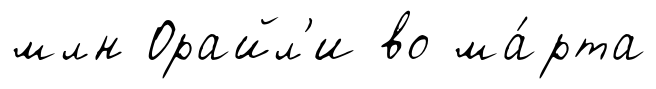
млн Орайл'и во ма́рта